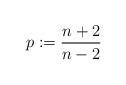
\begin{align*}p:=\frac{n+2}{n-2}\end{align*}